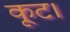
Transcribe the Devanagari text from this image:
कूट।